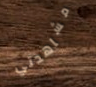
مشاهدتي